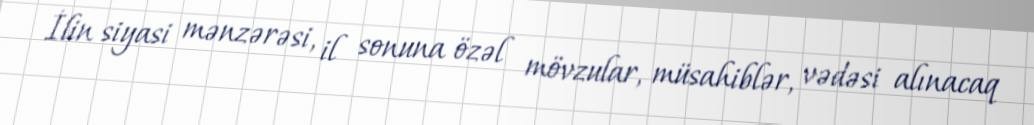
İlin siyasi mənzərəsi, il sonuna özəl mövzular, müsahiblər, vədəsi alınacaq